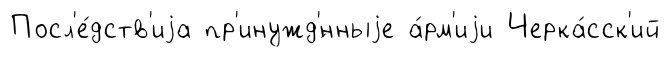
Посл'е́дств'иjа пр'инужд'́нныjе а́рм'иjи Черка́сск'ий